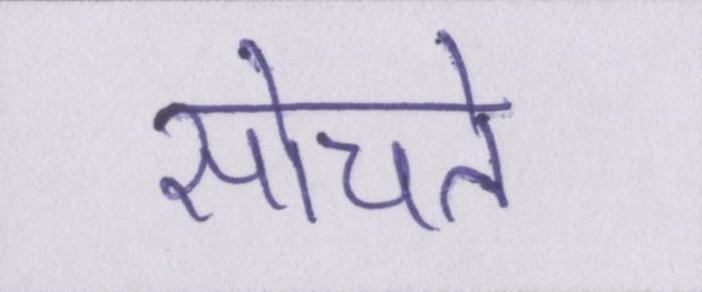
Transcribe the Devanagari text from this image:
सोचते